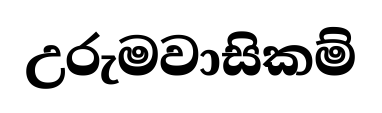
උරුමවාසිකම්